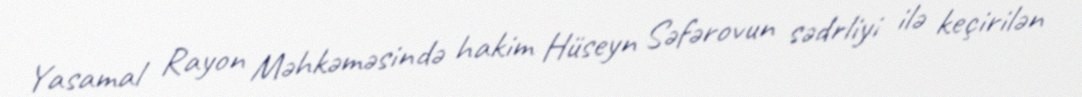
Yasamal Rayon Məhkəməsində hakim Hüseyn Səfərovun sədrliyi ilə keçirilən